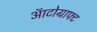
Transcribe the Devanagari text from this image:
ऑटोग्राफ्ट